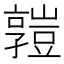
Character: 𧰄